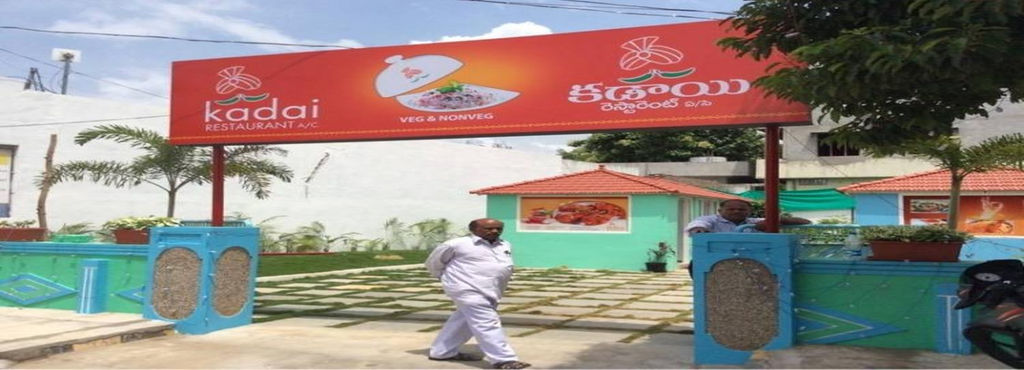
Language: telugu
Transcription: కడాయి రెస్టారెంట్